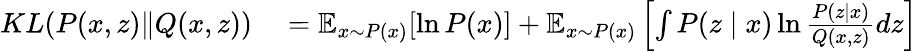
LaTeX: \begin{array}{rl}{KL(P(x,z)\| Q(x,z))}&{{}=\mathbb{E}_{x\sim{P}(x)}[\ln{P}(x)]+\mathbb{E}_{x\sim{P}(x)}\left[\int P(z\mid x)\ln\frac{P(z\mid x)}{Q(x,z)}dz\right]}\end{array}